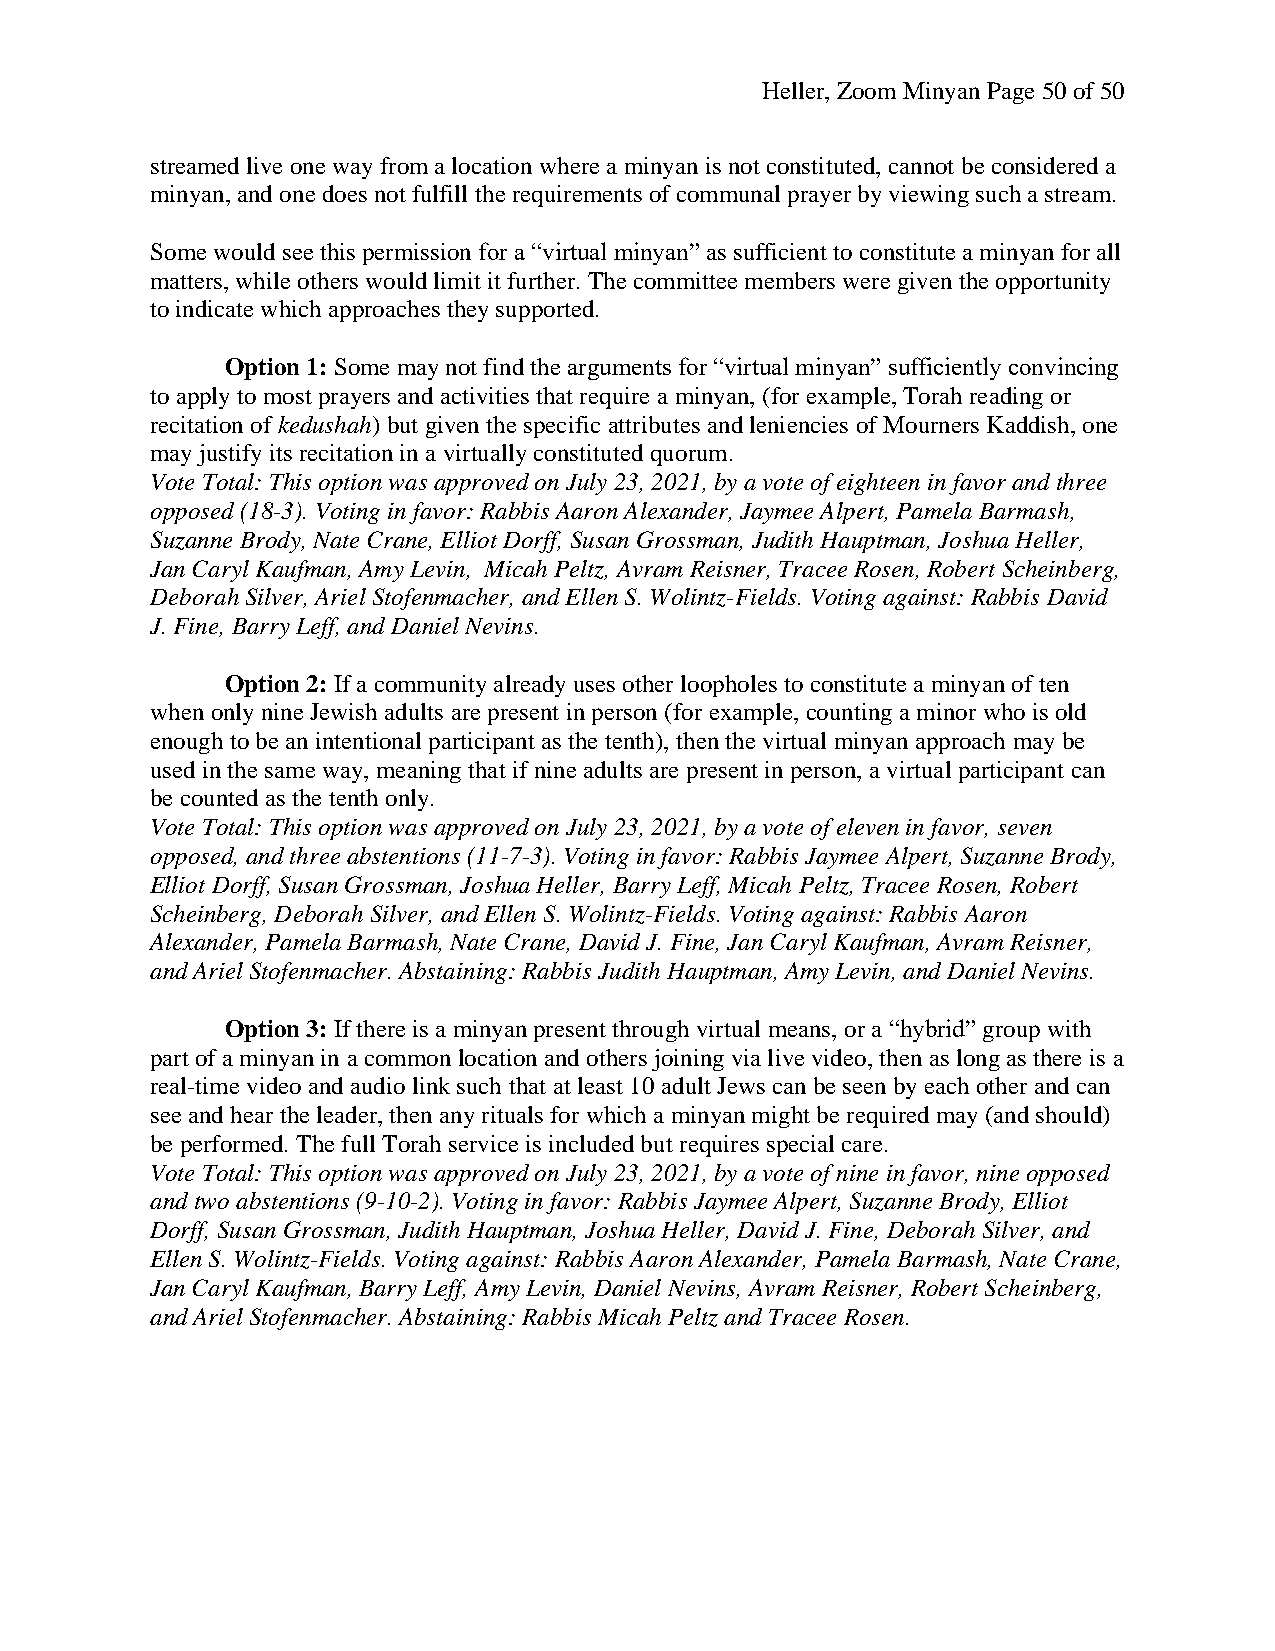
Heller, Zoom Minyan Page 50 of 50
 streamed live one way from a location where a minyan is not constituted, cannot be considered a
 minyan, and one does not fulfill the requirements of communal prayer by viewing such a stream.
 Some would see this permission for a “virtual minyan” as sufficient to constitute a minyan for all
 matters, while others would limit it further. The committee members were given the opportunity
 to indicate which approaches they supported.
 Option 1: Some may not find the arguments for “virtual minyan” sufficiently convincing
 to apply to most prayers and activities that require a minyan, (for example, Torah reading or
 recitation of kedushah) but given the specific attributes and leniencies of Mourners Kaddish, one
 may justify its recitation in a virtually constituted quorum.
 Vote Total: This option was approved on July 23, 2021, by a vote of eighteen in favor and three
 opposed (18-3). Voting in favor: Rabbis Aaron Alexander, Jaymee Alpert, Pamela Barmash,
 Suzanne Brody, Nate Crane, Elliot Dorff, Susan Grossman, Judith Hauptman, Joshua Heller,
 Jan Caryl Kaufman, Amy Levin, Micah Peltz, Avram Reisner, Tracee Rosen, Robert Scheinberg,
 Deborah Silver, Ariel Stofenmacher, and Ellen S. Wolintz-Fields. Voting against: Rabbis David
 J. Fine, Barry Leff, and Daniel Nevins.
 Option 2: If a community already uses other loopholes to constitute a minyan of ten
 when only nine Jewish adults are present in person (for example, counting a minor who is old
 enough to be an intentional participant as the tenth), then the virtual minyan approach may be
 used in the same way, meaning that if nine adults are present in person, a virtual participant can
 be counted as the tenth only.
 Vote Total: This option was approved on July 23, 2021, by a vote of eleven in favor, seven
 opposed, and three abstentions (11-7-3). Voting in favor: Rabbis Jaymee Alpert, Suzanne Brody,
 Elliot Dorff, Susan Grossman, Joshua Heller, Barry Leff, Micah Peltz, Tracee Rosen, Robert
 Scheinberg, Deborah Silver, and Ellen S. Wolintz-Fields. Voting against: Rabbis Aaron
 Alexander, Pamela Barmash, Nate Crane, David J. Fine, Jan Caryl Kaufman, Avram Reisner,
 and Ariel Stofenmacher. Abstaining: Rabbis Judith Hauptman, Amy Levin, and Daniel Nevins.
 Option 3: If there is a minyan present through virtual means, or a “hybrid” group with
 part of a minyan in a common location and others joining via live video, then as long as there is a
 real-time video and audio link such that at least 10 adult Jews can be seen by each other and can
 see and hear the leader, then any rituals for which a minyan might be required may (and should)
 be performed. The full Torah service is included but requires special care.
 Vote Total: This option was approved on July 23, 2021, by a vote of nine in favor, nine opposed
 and two abstentions (9-10-2). Voting in favor: Rabbis Jaymee Alpert, Suzanne Brody, Elliot
 Dorff, Susan Grossman, Judith Hauptman, Joshua Heller, David J. Fine, Deborah Silver, and
 Ellen S. Wolintz-Fields. Voting against: Rabbis Aaron Alexander, Pamela Barmash, Nate Crane,
 Jan Caryl Kaufman, Barry Leff, Amy Levin, Daniel Nevins, Avram Reisner, Robert Scheinberg,
 and Ariel Stofenmacher. Abstaining: Rabbis Micah Peltz and Tracee Rosen.